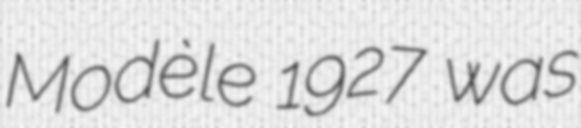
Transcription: Modèle 1927 was